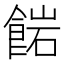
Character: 𩜠